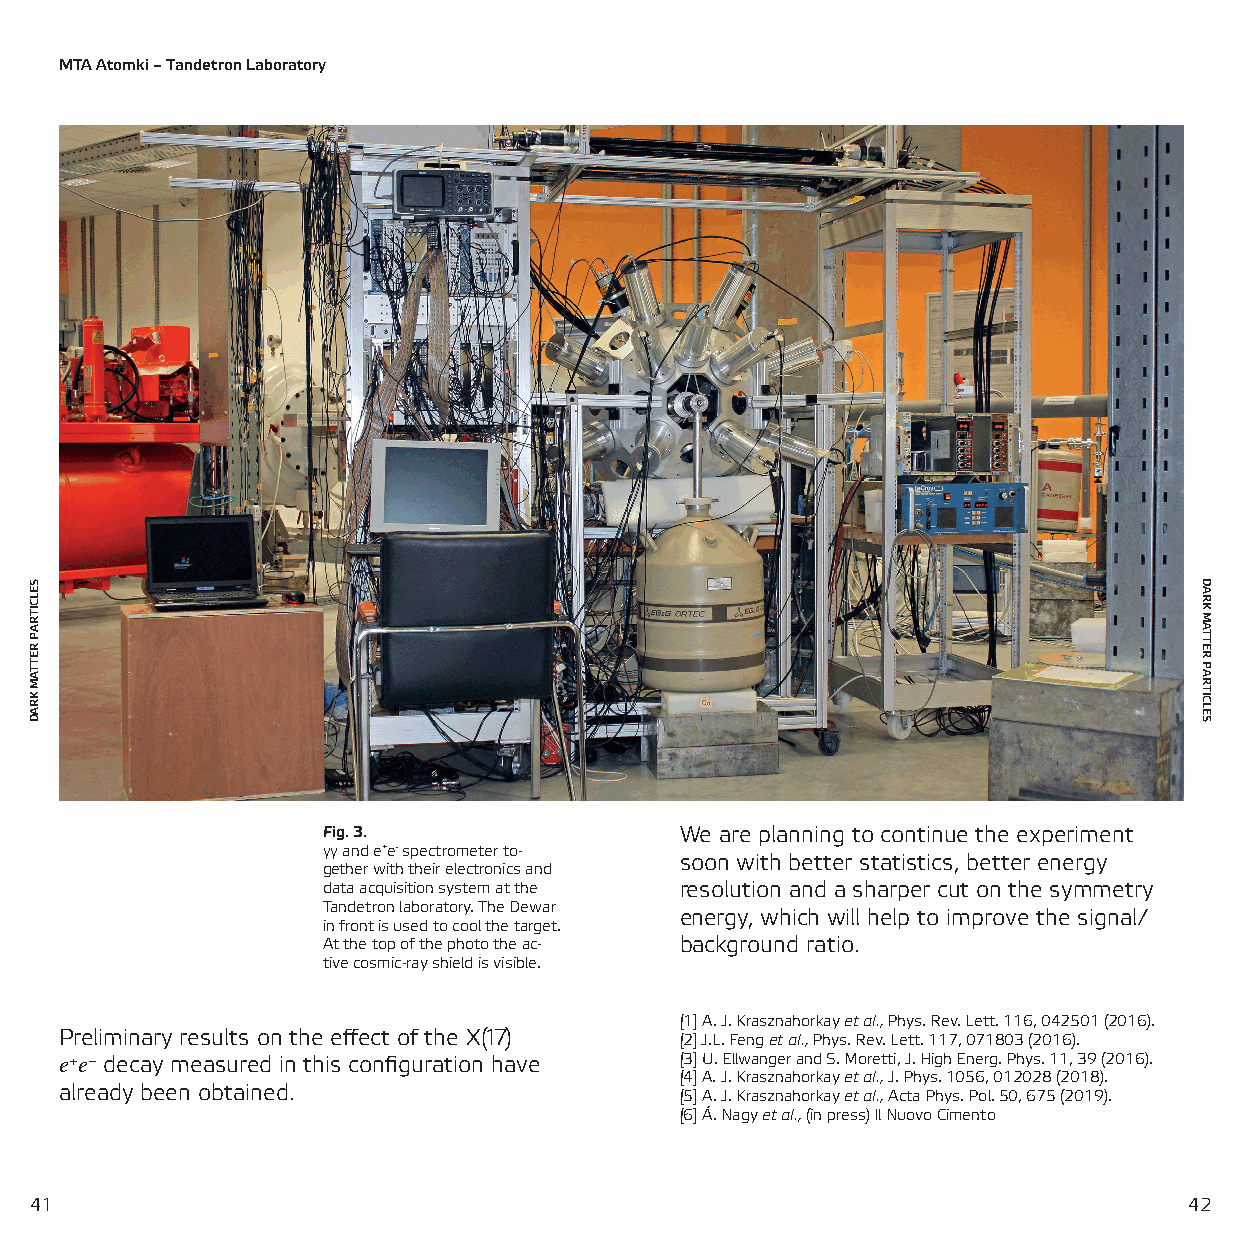
MTA Atomki – Tandetron Laboratory
 Fig. 3.                 We are planning to continue the experiment
 γγ and e+e- spectrometer to-
 soon with better statistics, better energy
 gether with their electronics and
 data acquisition system at the resolution and a sharper cut on the symmetry
 Tandetron laboratory. The Dewar
 energy, which will help to improve the signal/
 in front is used to cool the target.
 At the top of the photo the ac- background ratio.
 tive cosmic-ray shield is visible.
 [1] A. J. Krasznahorkay et al., Phys. Rev. Lett. 116, 042501 (2016).
 Preliminary results on the effect of the X(17) [2] J.L. Feng et al., Phys. Rev. Lett. 117, 071803 (2016).
 e+e− decay measured in this configuration have [3] U. Ellwanger and S. Moretti, J. High Energ. Phys. 11, 39 (2016).
 [4] A. J. Krasznahorkay et al., J. Phys. 1056, 012028 (2018).
 already been obtained.
 [5] A. J. Krasznahorkay et al., Acta Phys. Pol. 50, 675 (2019).
 [6] Á. Nagy et al., (in press) Il Nuovo Cimento
 41                                                                           42
 SELCITRAP
 RETTAM
 KRAD
 DARK
 MATTER
 PARTICLES